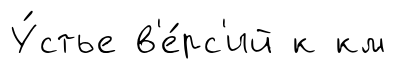
У́стье в'е́рс'ий к км